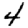
Digit: 4